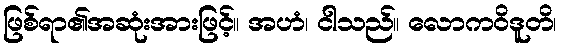
ဖြစ်ရာ၏အဆုံးအားဖြင့်။ အဟံ၊ ငါသည်။ လောကဝိဒူတိ၊